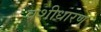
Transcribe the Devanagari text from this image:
वंशीधारण